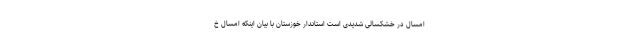
امسال در خشکسالی شدیدی است استاندار خوزستان با بیان اینکه امسال خ